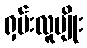
ရှမ်းလူမျိုး